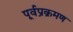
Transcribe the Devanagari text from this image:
पूर्वप्रक्रमण